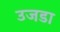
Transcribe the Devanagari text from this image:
उजडा